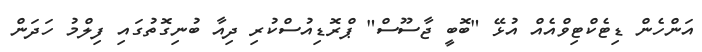
އަންހެން ޑިޓެކްޓިވްއެއް އުޅޭ "ބޮބީ ޖާސޫސް" ޕްރޮޑިއުސްކުރި ދިއާ ބުނިގޮތުގައި ފިލްމު ހަދަން